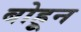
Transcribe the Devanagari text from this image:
बोहून